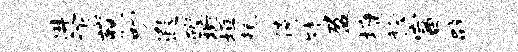
进飞藐叨遐碗琬垣耗倚陡盈墉稔富辟